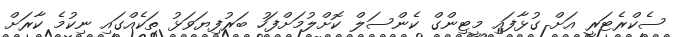
ސެކްރެޓަރީ އަށް ގުޅާފައި މީޓިންގް ކެންސަލް ކޮށްލުމަށްފަހު ބަރުފިޔަވަޅު ތަކެއްގައި ނިކުމެ ކާރަށް